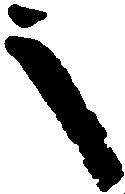
之